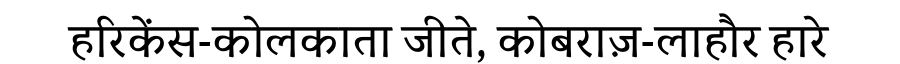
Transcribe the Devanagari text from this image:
हरिकेंस-कोलकाता जीते, कोबराज़-लाहौर हारे